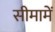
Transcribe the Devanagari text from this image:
सीमामें